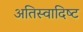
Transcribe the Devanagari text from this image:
अतिस्‍वादिष्‍ट